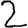
Digit: 2